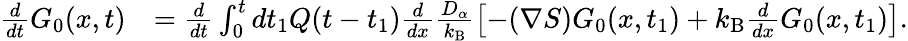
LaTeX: \begin{array}{rl}{\frac{d}{dt}G_{0}(x,t)}&{=\frac{d}{dt}\int_{0}^{t}dt_{1}Q(t-t_{1})\frac{d}{dx}\frac{D_{\alpha}}{k_{\mathrm{B}}}\left[-(\nabla S)G_{0}(x,t_{1})+k_{\mathrm{B}}\frac{d}{dx}G_{0}(x,t_{1})\right].}\end{array}